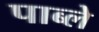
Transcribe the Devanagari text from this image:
पाब्ले